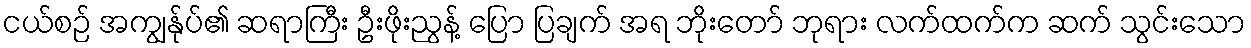
ငယ်စဉ် အကျွန်ုပ်၏ ဆရာကြီး ဦးဖိုးညွန့် ပြော ပြချက် အရ ဘိုးတော် ဘုရား လက်ထက်က ဆက် သွင်းသော